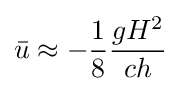
{\bar {u}}\approx -{\frac {1}{8}}{\frac {gH^{2}}{ch}}